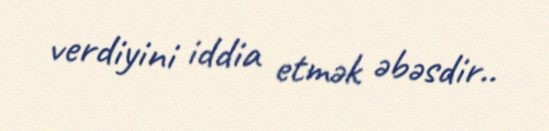
verdiyini iddia etmək əbəsdir..